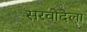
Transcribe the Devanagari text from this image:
सरवोदेला